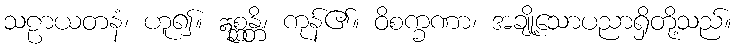
သဠာယတနံ၊ ဟူ၍။ ဣစ္ဆန္တိ၊ ကုန်၏။ ဝိစက္ခဏာ၊ အချို့သောပညာရှိတို့သည်။